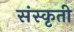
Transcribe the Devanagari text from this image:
संस्कृती